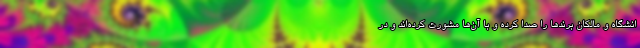
انشگاه و مالکان برندها را صدا کرده و با ‌آن‌ها مشورت کرده‌اند و در